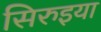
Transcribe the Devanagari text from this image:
सिरुइया